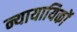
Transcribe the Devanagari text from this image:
न्यायायिकों